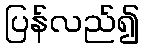
ပြန်လည်၍